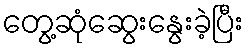
တွေ့ဆုံဆွေးနွေးခဲ့ပြီး